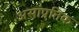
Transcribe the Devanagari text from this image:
असांप्रतिक